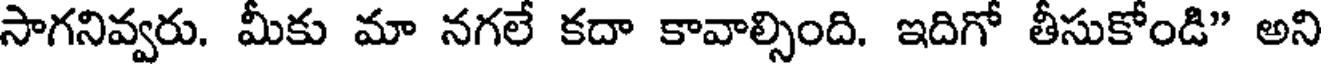
సాగనివ్వరు. మీకు మా నగలే కదా కావాల్సింది. ఇదిగో తీసుకోండి" అని